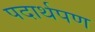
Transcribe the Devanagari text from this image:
पदार्थपण